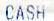
CASH